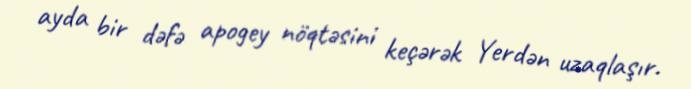
ayda bir dəfə apogey nöqtəsini keçərək Yerdən uzaqlaşır.